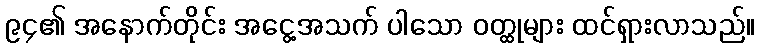
၉၄၏ အနောက်တိုင်း အငွေ့အသက် ပါသော ဝတ္ထုများ ထင်ရှားလာသည်။